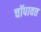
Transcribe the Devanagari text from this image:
चॉपावत